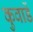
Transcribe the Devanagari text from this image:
कुवाडें